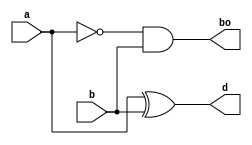
`timescale 1ns / 1ps
//////////////////////////////////////////////////////////////////////////////////
// Company: 
// Engineer: 
// 
// Design Name: 
// Module Name: half_sub_str
// Project Name: 
// Target Devices: 
// Tool Versions: 
// Description: 
// 
// Dependencies: 
// 
// Revision:
// Revision 0.01 - File Created
// Additional Comments:
// 
//////////////////////////////////////////////////////////////////////////////////


module half_sub_str(d,bo,a,b);
input a,b;
output d,bo;
wire abar;
xor (d,a,b);
not (abar,a);
and (bo,abar,b);
endmodule